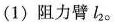
(1)阻力臂l_{2}。